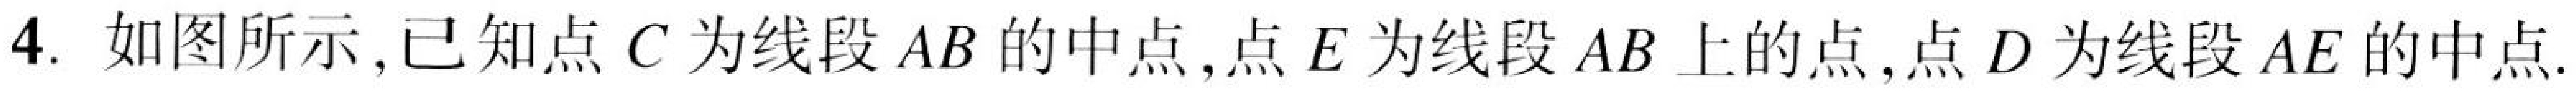
4. 如图所示,已知点\(C\)为线段\(AB\)的中点,点\(E\)为线段\(AB\)上的点,点\(D\)为线段\(AE\)的中点.